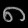
Digit: ၈